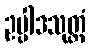
ဥပ္ပါဒသုတ္တံ